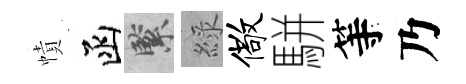
幘函緊綠儆駢等乃